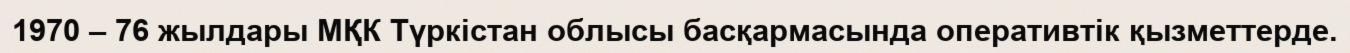
1970 – 76 жылдары МҚК Түркістан облысы басқармасында оперативтік қызметтерде.